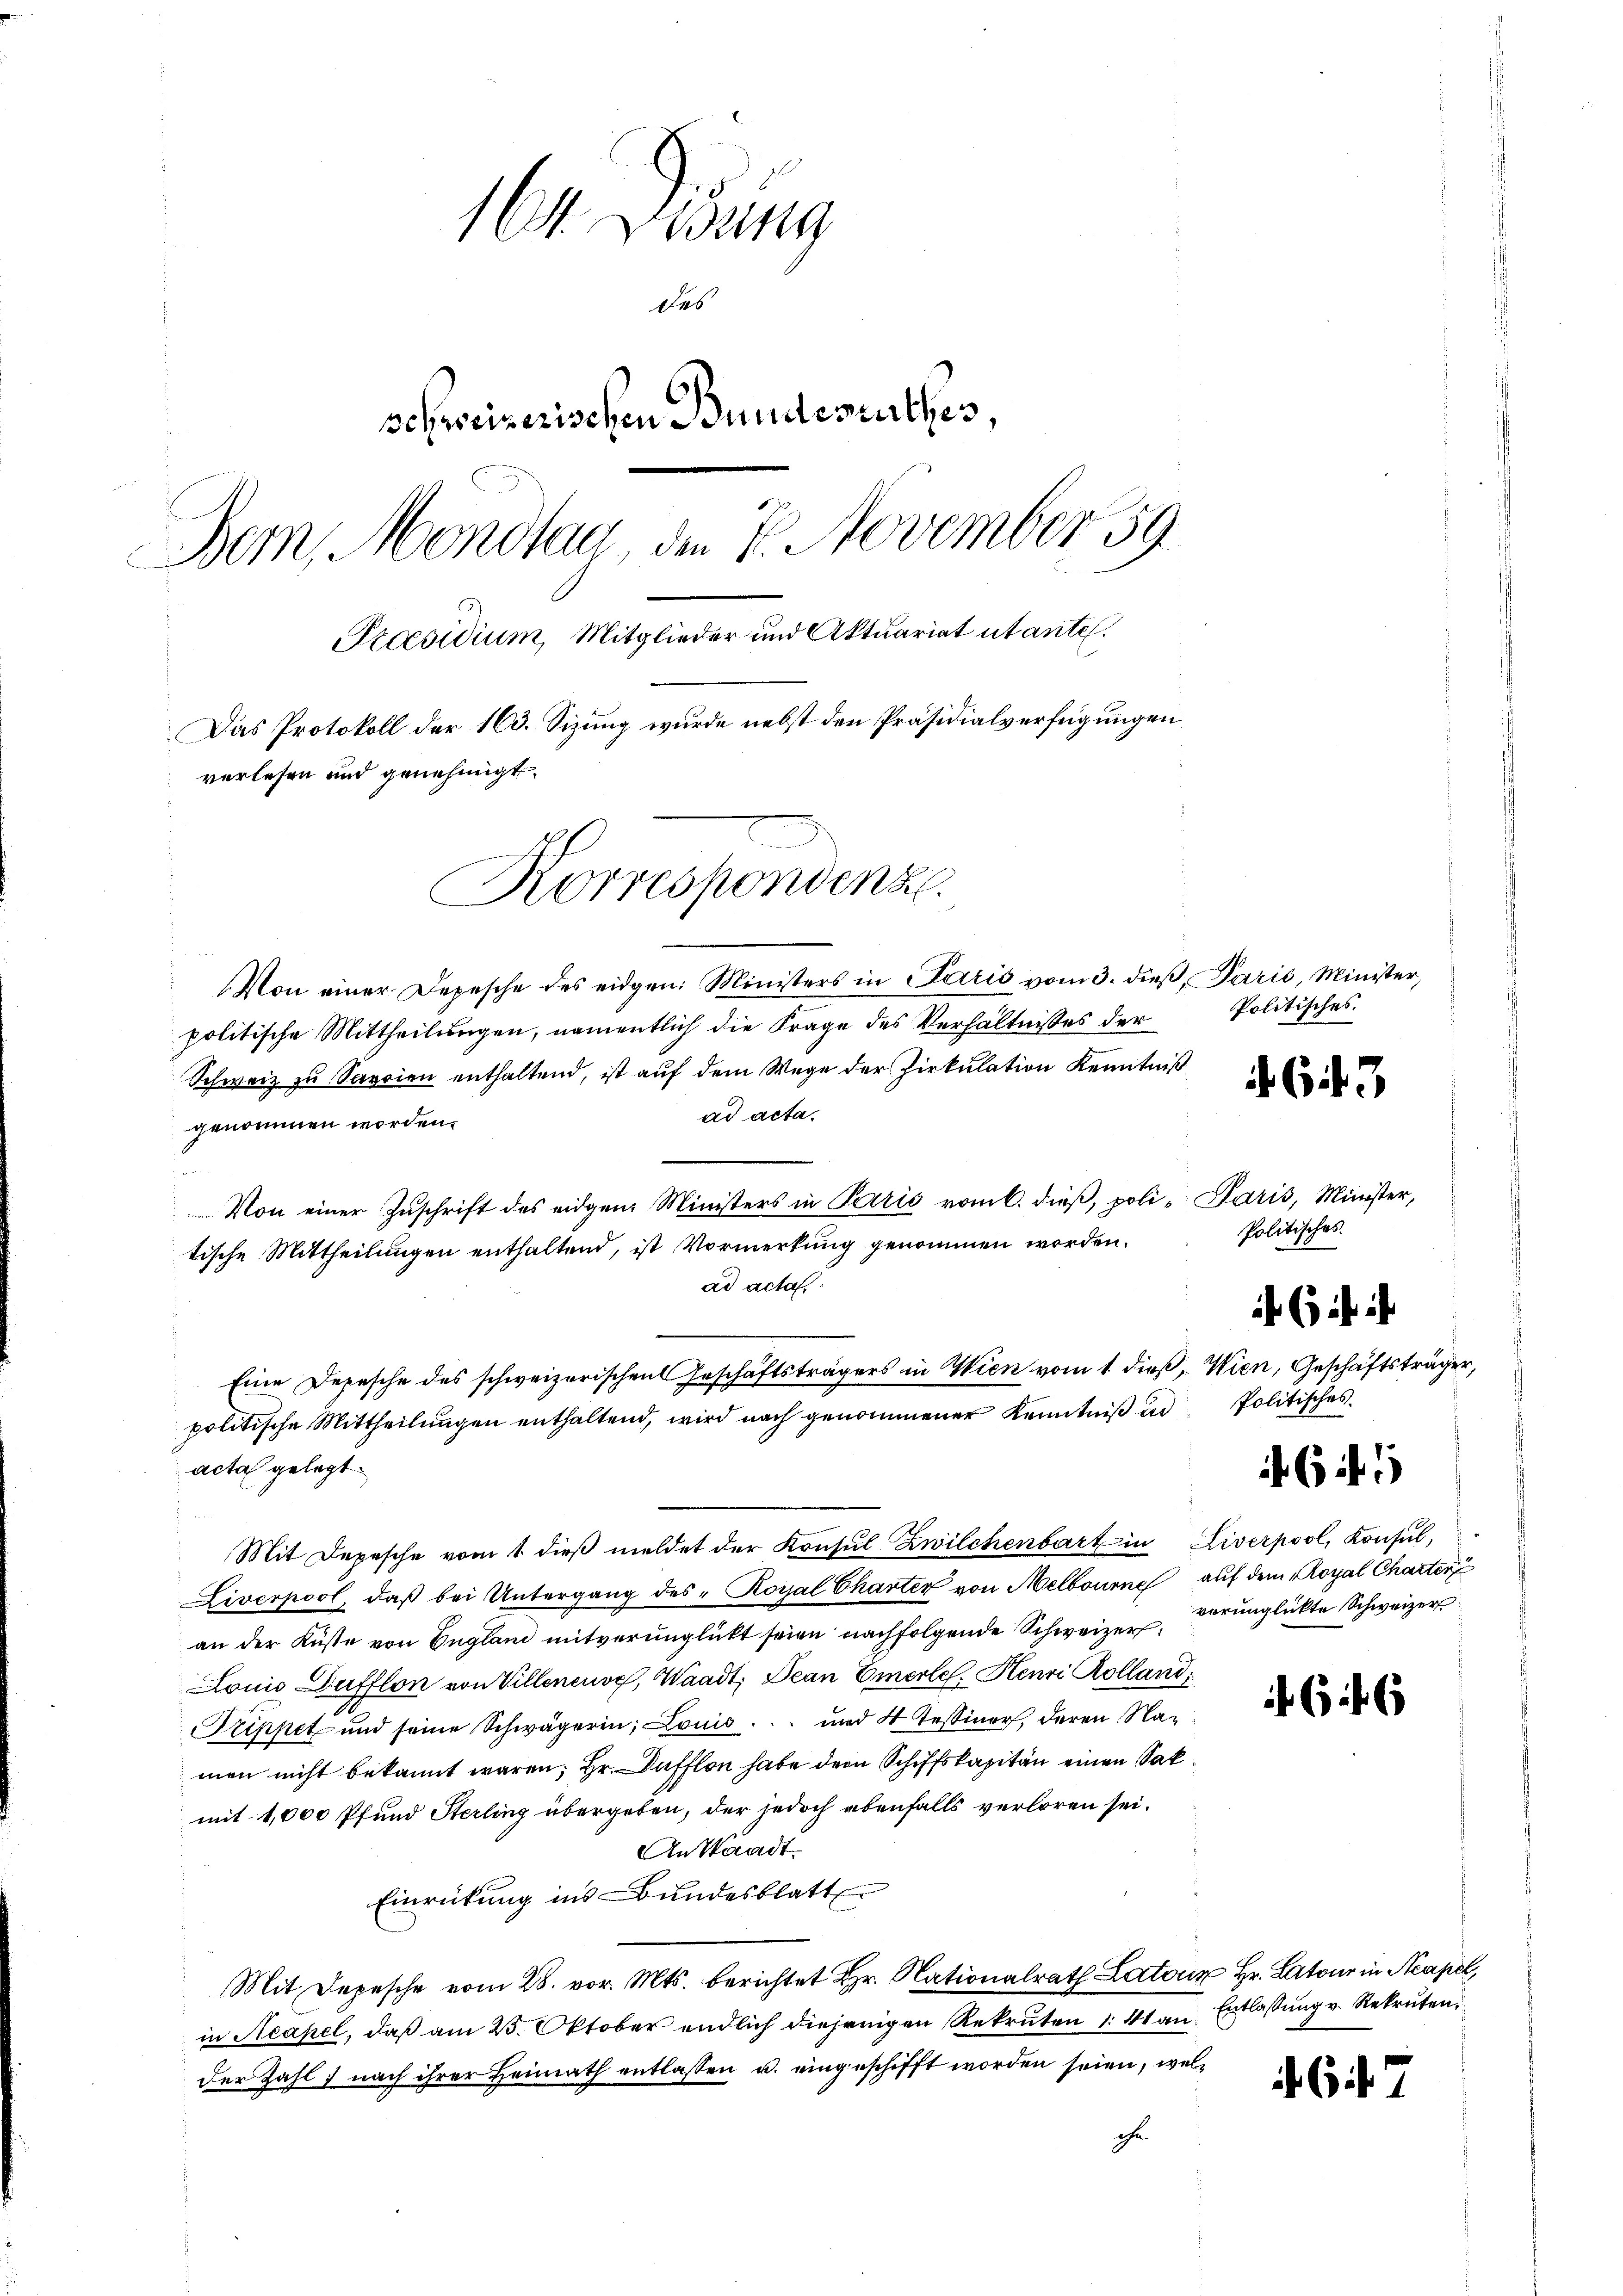
164. Didung
des
schweizerischen Bundesurthes,
Bern, Mondtag, den 7. November 59
Praesidium, Mitglieder und Aktuariat utante.
Das Protokoll der 163. Sizung wurde nebst den Präsidialverfügungen
verlesen und genehmigt.

Korrespondenz.

Von einer Depesche des eidgen. Ministers in Paris vom 3. dieβ, Parić, Minister,
politische Mittheilungen, namentlich die Frage des Verhältnisses der
Schweiz zu Savoien enthaltend, ist auf dem Wege der Zirkulation Kenntniß
ad acta.
genommen worden.
.
Von einer Zuschrift des eidgen. Ministers in Paris vom C. dieß, poli- Paris, Minister,
tische Mittheilungen enthaltend, ist Vormerkung genommen worden.
ad acta.
Eine Depesche des schweizerischen Geschäftsträgers in Wien vom 1. dieß, Wien, Geschäftsträger,
politische Mittheilungen enthaltend, wird nach genommener Kenntniß un
acta gelegt
Mit Depesche vom 1. dieβ meldet der Konsul Zwilchenbart in Liverpool, Konsul,
Liverpool, daß bei Untergang des "Royal Charter von Melbourne auf dem Royal Charter
an der Küste von England mitverunglückt seien nachfolgende Schweizerderunglückte Schweizer
Lonis Dufflon von Villeneuve, Waadt, Bean Emerle. Henri Kolland
Trippet und seine Schwägerin; Louis ... und 4 Tessiner, deren Namen nicht bekannt waren; Hr. Dafflon habe der Schiffskapitän einen Sakmit 1,000 Pfund Sterling übergeben, der jedoch ebenfalls verloren sei.
Anstandt.
Einrückung ins Bundesblatt
Mit Depesche vom 28. vor. Mts. berichtet Hr. Nationalrath Lator Hr. Rat in Neape
in Neapel, daß am 25. Oktober endlich diejenigen Rekruten 1. 41 an Entlassung v. Rekruten
der Zahl nach ihrer Heimath entlassen u. eingeschifft worden seien, welche

Politisches.

64. 3

Politisches.
Politisches.
46 f. 5

ist ih

6

6 f. 7